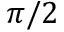
\pi / 2